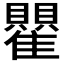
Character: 𬯵